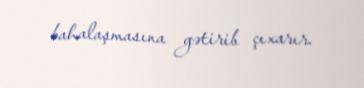
bahalaşmasına gətirib çıxarır.